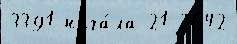
3391 нача́ла 21 2642